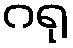
ဂရု